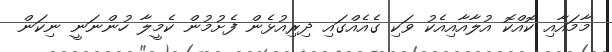
މާމައާއި ކޮއްކޮ އުލާއާއިއެކު ވަކި ގެއެއްގައި ދިރިއުޅެން ފެށުމުން ކެމީލާ ހުންނަނީ ނިކަން